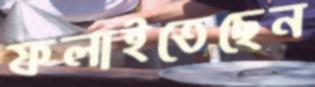
ফলাইতেছেন